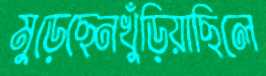
মুড়েছেনখুঁড়িয়াছিলে